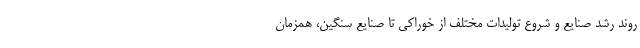
روند رشد صنایع و شروع تولیدات مختلف از خوراکی تا صنایع سنگین، همزمان